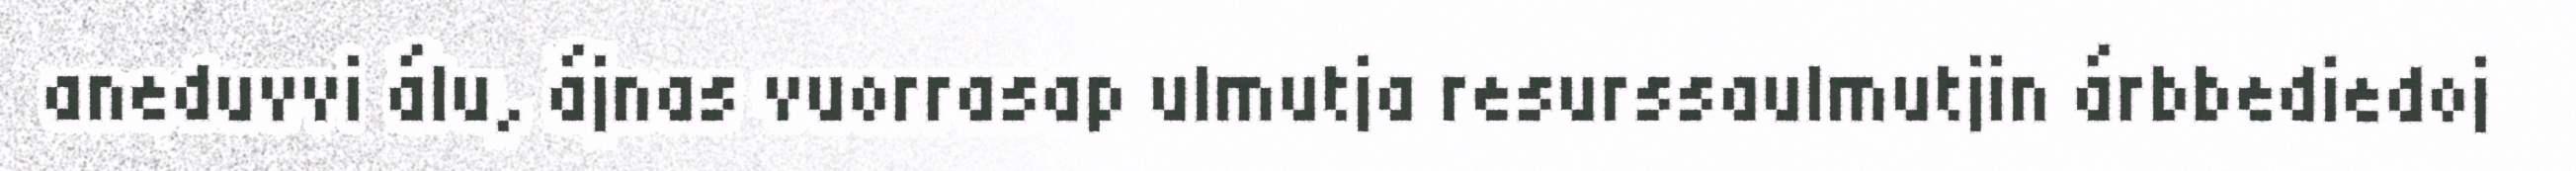
aneduvvi álu, ájnas vuorrasap ulmutja resurssaulmutjin árbbediedoj